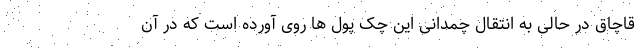
قاچاق در حالی به انتقال چمدانی این چک پول ها روی آورده است که در آن